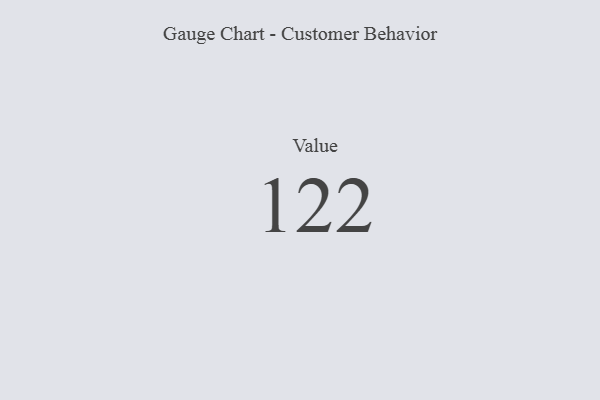
{"axis": {"x": "Metric", "y": "Value"}, "legend": [""], "data": [{"x": "Value", "y": 122, "type": ""}]}